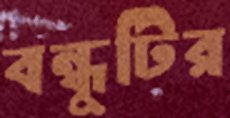
বন্ধুটির